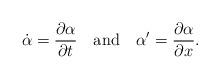
LaTeX: \begin{align*}\dot{\alpha}=\frac{\partial \alpha }{\partial t}\ \ \ {\rm and}\ \ \ \alpha'=\frac{\partial \alpha }{\partial x}.\end{align*}